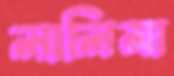
লালিমা